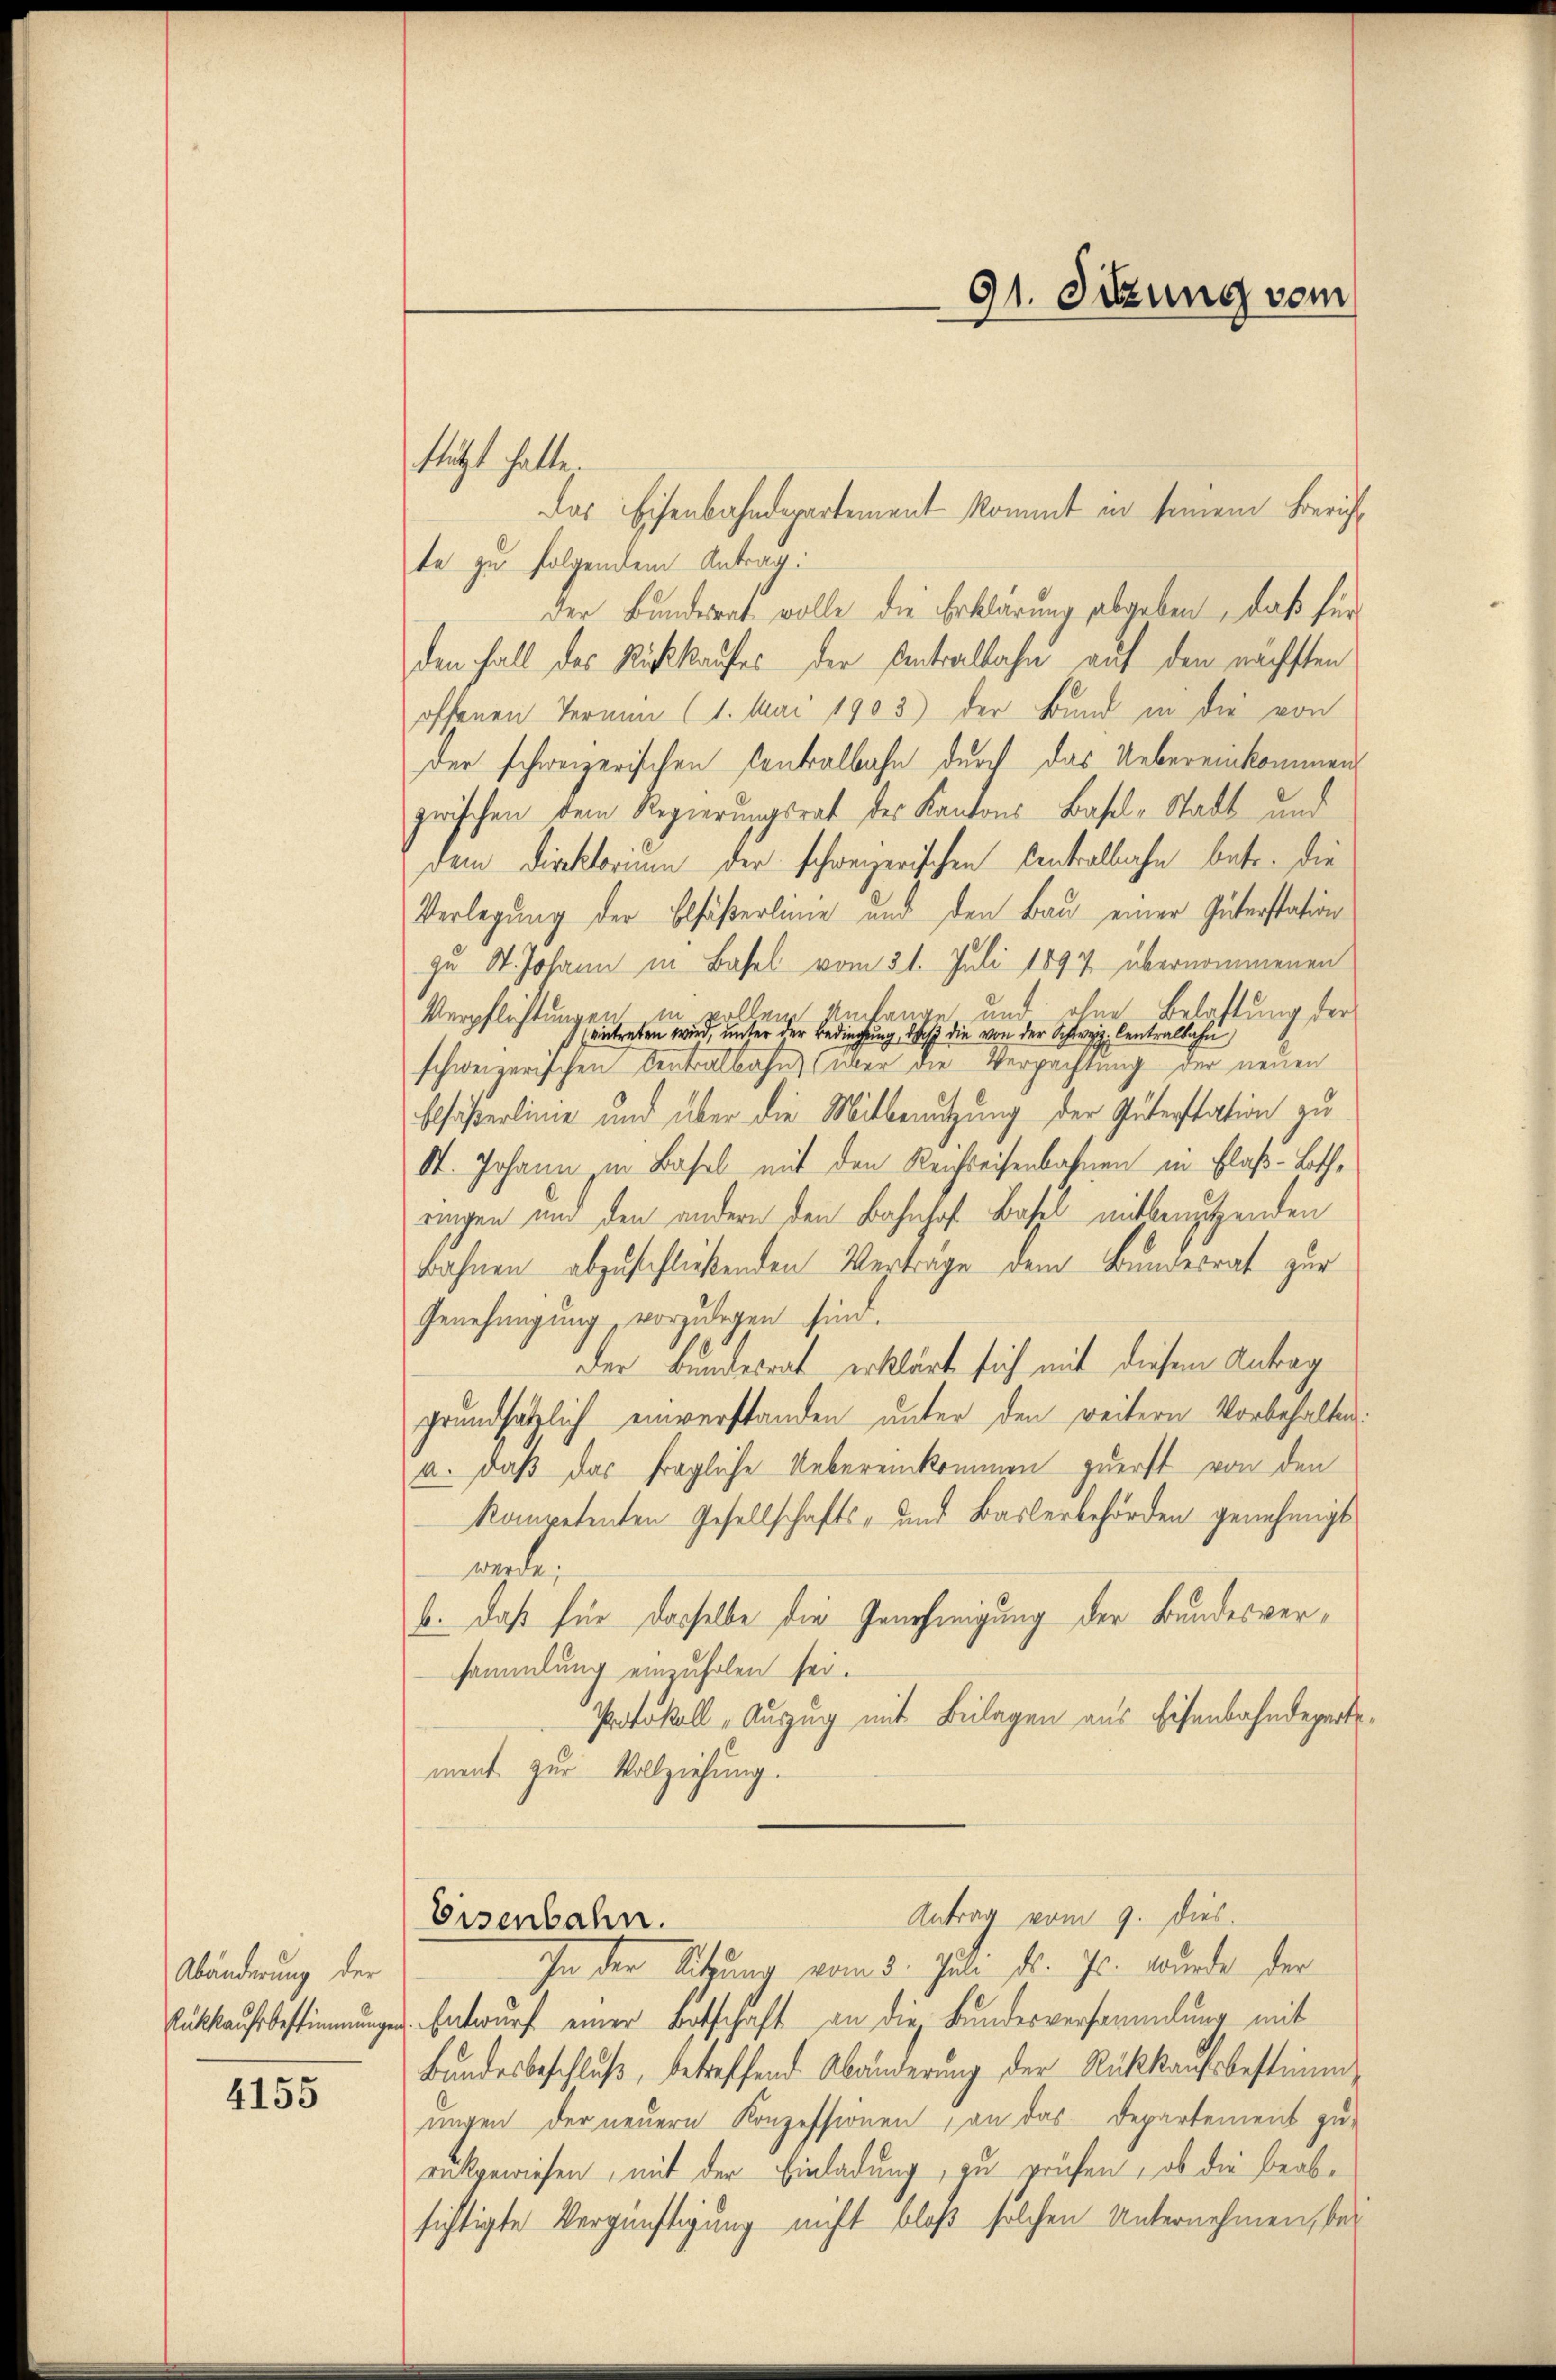
Abänderung der

4155

tletzt hatte.

Das Eisenbahndepartement kommt in seinem Zürichte zu folgendem Antrag:
der Bundesrat volle die Erklärung abgeben, daß für
den Fall das Richtkaufes der Antralbahn auf den nächsten
offenen Termin (1. Mai 1903) der Bund in die von
der schweizerischen Kontralbahn durch das Uebereinkommen
zwischen dem Regierungsrat des Kantons Basel-Stadt und
dem Direktorium der schweizerischen Centralbahn betr. die
Verlegung der Elfäßerlinie und den Bau einer Güterstation
zu St. Johann in Basel vom 21. Juli 1897 übernommenen
Belastung der
n
aller Anfange und
Verpflichtungen.
eintreten wird, unter der Bedingung, daß die von der Schweiz. Centralbahn
schweizerischen Centralbahn über die Verpachtung der neuen
blfäßerlinie und über die Mitbenutzung der Güterstation zu
St. Johann in Basel mit den Reichreisenbahnen in Flaß-Lothringen und den andern den Bahnhof Basel mitbenutzenden
bahnen abzuschließenden Vertrage dem Bundesrat zur
Genehmigung vorzulegen sein.
der Bundesrat erklärt sich mit diesem Antrag
grundsätzlich einverstanden unter den weitern Vorbehalten
a. daß das fragliche Uebereinkommen zuerst von den
kompetenten Gesellschafts- und Baslerbehörden genehmigt
werde
b. daß für dasselbe die Genehmigung der Bundesversammlung einzuholen sei.
Protokoll „Auszug mit Beilagen aus Eisenbahndeparte
ment zur Vollziehung.
Antrag vom 9. dies
Eisenbahn.
In der Sitzung vom 8. Juli d. Js. wurde der
Rückkaufsbestimmungen. Entwurf einer Botschaft an die Bundesversammlung mit
Bundesbeschluß, betreffend Abänderung der Rückkaufsbestimmungen der neuern Konzessionen, an das Departement zu-
rückgewiesen, mit der Einladung, zu prüfen, ob die beabsichtigte Vergünftigung nicht bloß solchen Unternehmen, bei

91. Sitzung vom